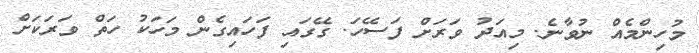
މުހިންމެއް ނުވާނެ. މިއަދު ވަރަށް ފަސޭހަ. ގޭގައި ފަހައިގެން މަހަކު ހަތް ވަރަކަށް